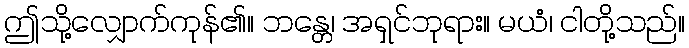
ဤသို့လျှောက်ကုန်၏။ ဘန္တေ၊ အရှင်ဘုရား။ မယံ၊ ငါတို့သည်။